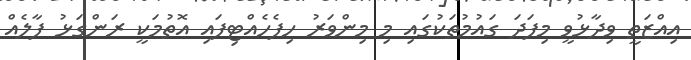
އިއްޒަތީ ވިދާޅުވީ މިފަދަ ގައުމުތަކުގައި މި މިންވަރު ހިފެހެއްޓިފައި އޮތުމަކީ ރަންގަޅު ފާލެއް